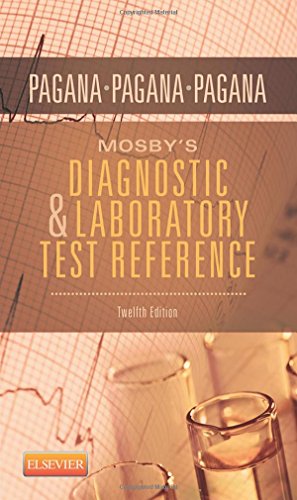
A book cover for Mosby's Diagnostic and Laboratory Test Reference, 12e; Kathleen Deska Pagana PhD  RN; Medical Books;